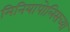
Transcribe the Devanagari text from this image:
मिनियापोलिसच्या